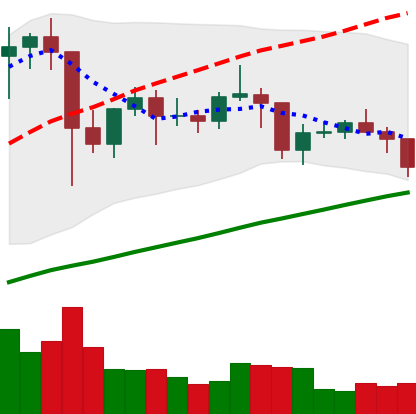
Ticker: LTC-USD
Chart end date: 2021-01-27
Forward return: 7.322%
Label: up_7plus